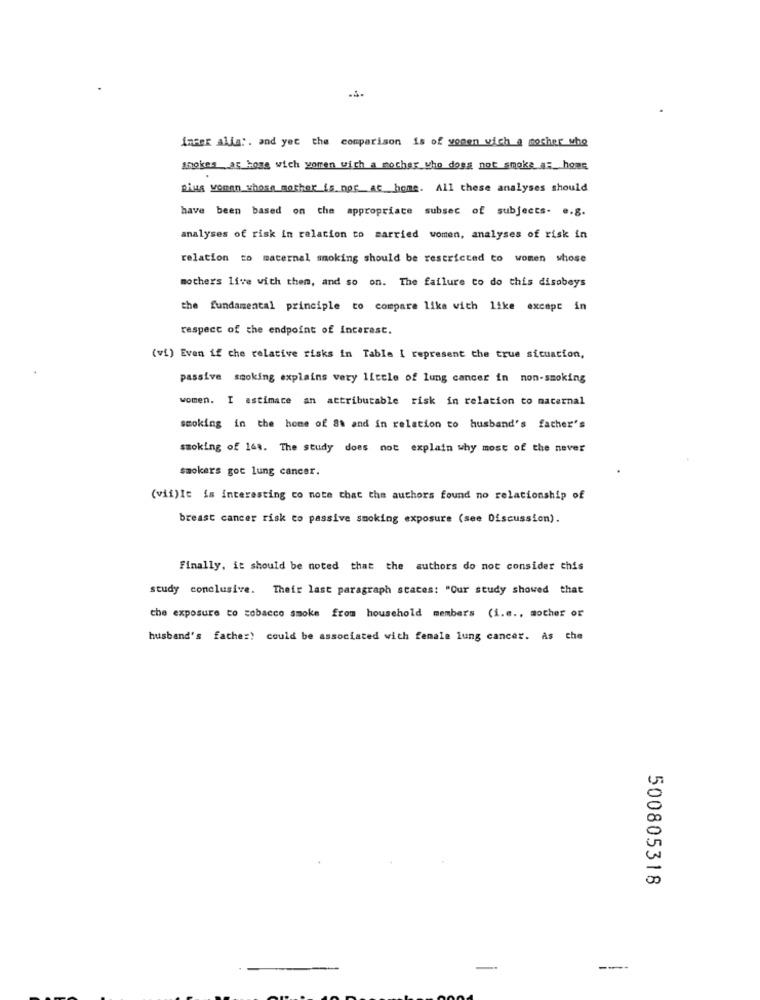
immer alls :. and yet the comparison is of women wich a mother who
smokes at hoss wich women with a mother who does not smoke at home
plus woman whose mother is not at home. All these analyses should
have been based on the appropriate subsec of subjects- e.g.
analyses of risk in relation to married women, analyses of risk in
relation to maternal smoking should be restricted to women whose
mothers live with them, and so on. The failure to do this disobeys
the fundamental principle to compare like with like except in
respect of the endpoint of Interest.
(vi) Even if che relative risks in Table I represent the true situation,
passive smoking explains very little of lung cancer in non-smoking
women. I astimace an attributable risk in relation to maternal
smoking in the home of 8% and in relation to husband's father's
smoking of 168. The study does not explain why most of the never
smokers got lung cancer.
(vii)It is interesting co note that the authors found no relationship of
breast cancer risk to passive smoking exposure (see Discussion).
Finally, it should be noted that the authors do not consider this
study conclusive. Their last paragraph states: "Our study showed that
the exposure to tobacco smoke from household members (i.e ., mother or
husband's father) could be associated with female lung cancer. As che
500805318
---